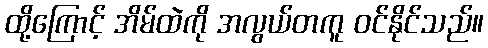
ထို့ကြောင့် အိမ်ထဲကို အလွယ်တကူ ဝင်နိုင်သည်။